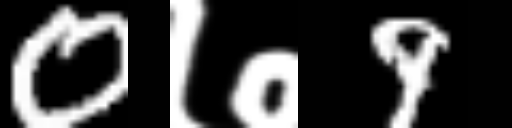
Text: 0७9